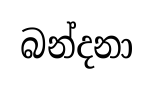
බන්දනා